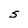
Character: S